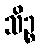
သိဉ္စ